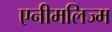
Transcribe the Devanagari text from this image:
एनीमलिज्म